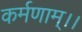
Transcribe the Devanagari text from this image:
कर्मणाम्।।